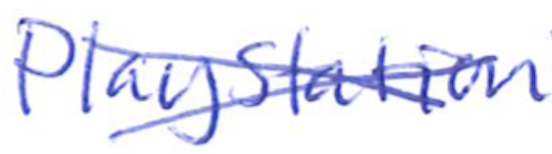
Text: PlayStation
Cross-out: cross
Writing tool: ballpoint